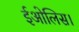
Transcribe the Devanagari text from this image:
ईओलिस।